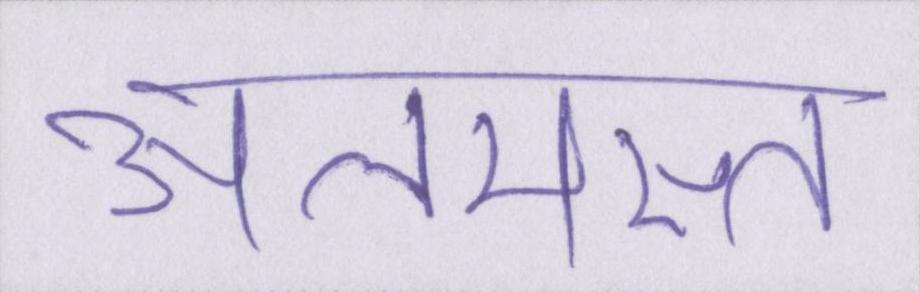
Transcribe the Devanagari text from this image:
अलमस्त